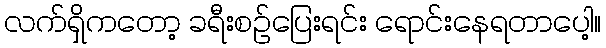
လက်ရှိကတော့ ခရီးစဉ်ပြေးရင်း ရောင်းနေရတာပေါ့။